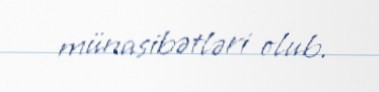
münasibətləri olub.